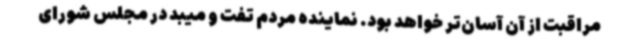
مراقبت از آن آسان‌تر خواهد بود. نماینده مردم تفت و میبد در مجلس شورای